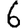
Digit: 6